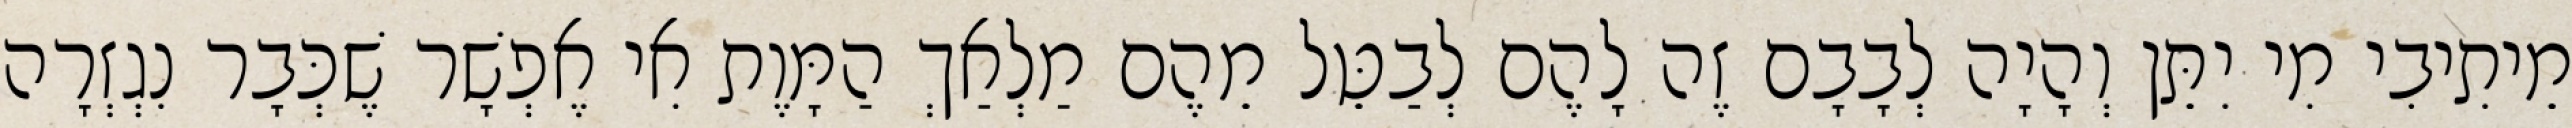
מֵיתִיבִי מִי יִתֵּן וְהָיָה לְבָבָם זֶה לָהֶם לְבַטֵּל מֵהֶם מַלְאַךְ הַמָּוֶת אִי אֶפְשָׁר שֶׁכְּבָר נִגְזְרָה